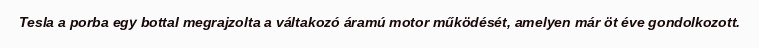
Tesla a porba egy bottal megrajzolta a váltakozó áramú motor működését, amelyen már öt éve gondolkozott.